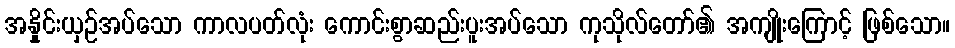
အနှိုင်းယှဉ်အပ်သော ကာလပတ်လုံး ကောင်းစွာဆည်းပူးအပ်သော ကုသိုလ်တော်၏ အကျိုးကြောင့် ဖြစ်သော။